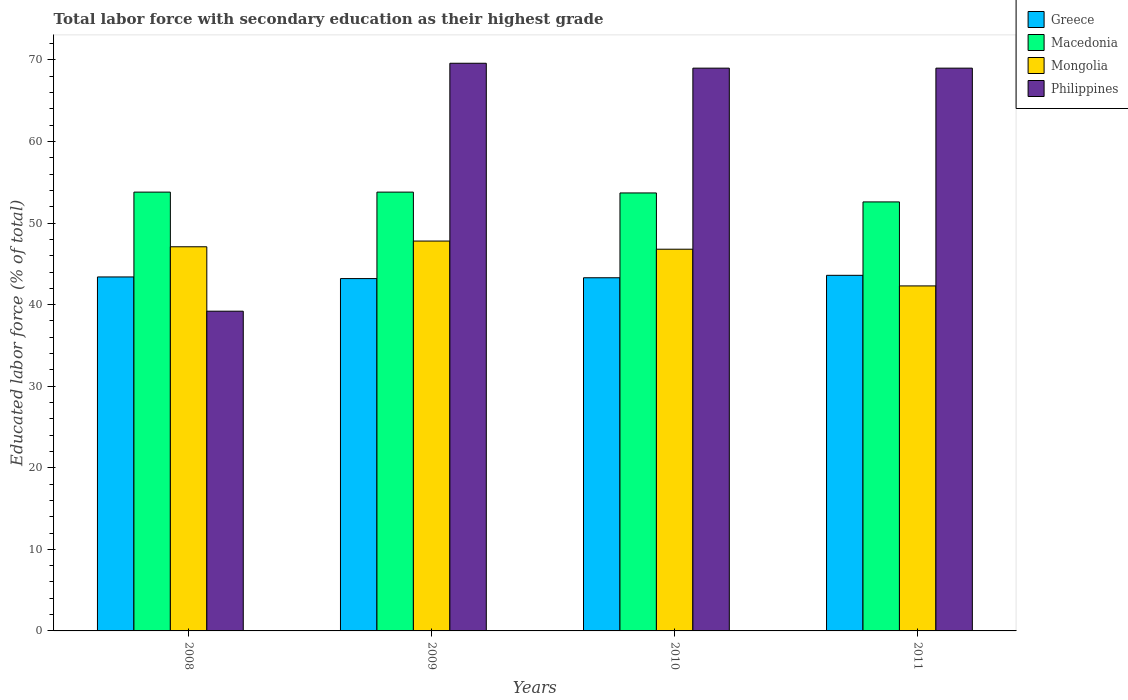
| Years | Greece | Macedonia | Mongolia | Philippines |
 | --- | --- | --- | --- | --- |
 | 2008 | 43.4 | 53.8 | 47.1 | 39.2 |
 | 2009 | 43.2 | 53.8 | 47.8 | 69.6 |
 | 2010 | 43.3 | 53.7 | 46.8 | 69 |
 | 2011 | 43.6 | 52.6 | 42.3 | 69 |